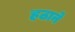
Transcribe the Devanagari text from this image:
हठाने